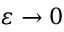
\varepsilon \to 0